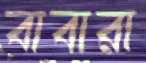
বাবারা